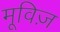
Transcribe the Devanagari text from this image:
मूविज़